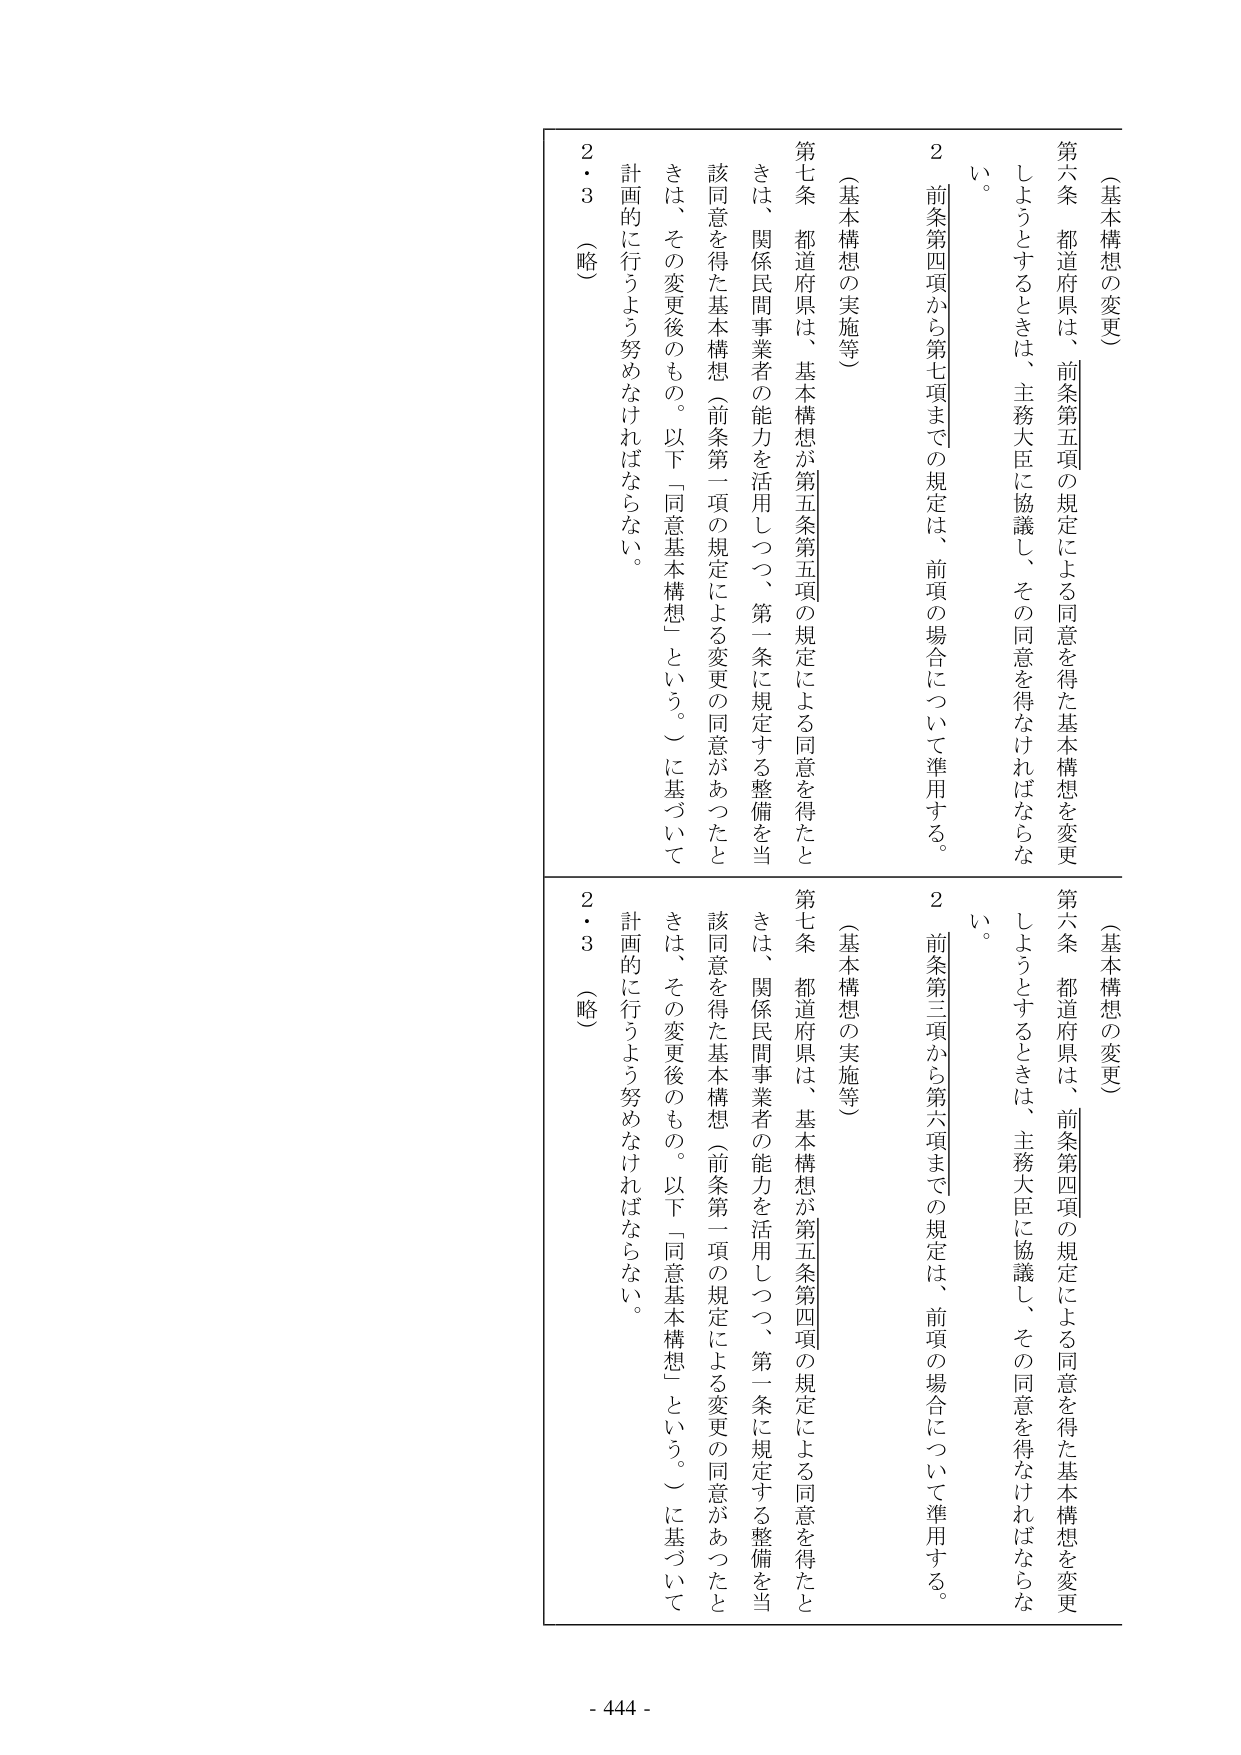
（基本構想の変更）

第六条　都道府県は、前条第五項の規定による同意を得た基本構想を変更しようとするときは、主務大臣に協議し、その同意を得なければならない。

２　前条第四項から第七項までの規定は、前項の場合について準用する。

（基本構想の実施等）

第七条　都道府県は、基本構想が第五条第五項の規定による同意を得たときは、関係民間事業者の能力を活用しつつ、第一条に規定する整備を当該同意を得た基本構想（前条第一項の規定による変更の同意があったときは、その変更後のもの。以下「同意基本構想」という。）に基づいて計画的に行うよう努めなければならない。

２・３　（略）

（基本構想の変更）

第六条　都道府県は、前条第四項の規定による同意を得た基本構想を変更しようとするときは、主務大臣に協議し、その同意を得なければならない。

２　前条第三項から第六項までの規定は、前項の場合について準用する。

（基本構想の実施等）

第七条　都道府県は、基本構想が第五条第四項の規定による同意を得たときは、関係民間事業者の能力を活用しつつ、第一条に規定する整備を当該同意を得た基本構想（前条第一項の規定による変更の同意があったときは、その変更後のもの。以下「同意基本構想」という。）に基づいて計画的に行うよう努めなければならない。

２・３　（略）

- 444 -